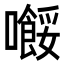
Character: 𡃲